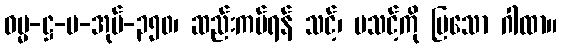
ဓမ္မ-ဋ္ဌ-ပ-အုပ်-၃၅၀၊ ဆည်းကပ်ရန် သင့်၊ မသင့်ကို ပြသော ဂါထာ။